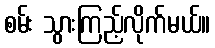
စမ်း သွားကြည့်လိုက်မယ်။